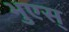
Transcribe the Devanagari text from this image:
भुएस्‌